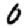
Digit: 0